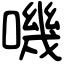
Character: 嘰